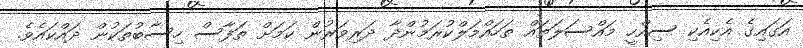
އަގައިގެ އެކިއެކި ސިއްހީ މައްސަލަތައް ތަހައްމަލްކުރަމުންދާ ދަރިވަރުން ކަމަށް ތަފާސް ހިސާބުތަކުން ދައްކައެވެ.